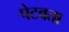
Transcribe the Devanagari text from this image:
पेटवता